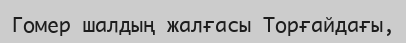
Гомер шалдың жалғасы Торғайдағы,